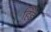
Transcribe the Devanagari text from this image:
हिंड